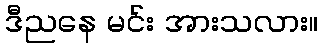
ဒီညနေ မင်း အားသလား။